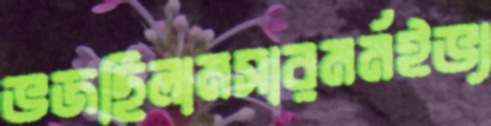
ভজছিলামসারমর্মইভ্য